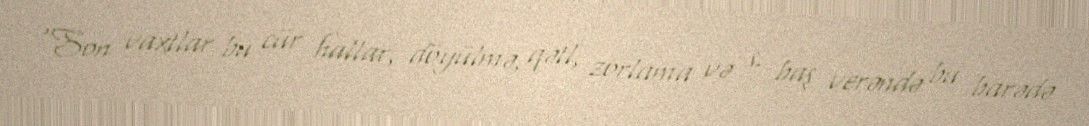
“Son vaxtlar bu cür hallar, döyülmə, qətl, zorlama və s. baş verəndə bu barədə